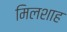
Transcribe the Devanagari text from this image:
मिलशाह